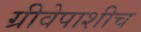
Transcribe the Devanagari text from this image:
ग्रीवेपाशीच